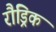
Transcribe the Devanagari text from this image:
रौड्रिक